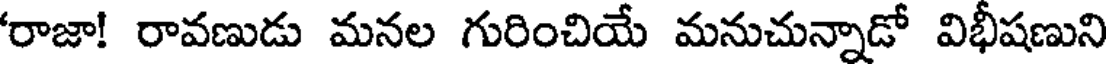
'రాజా! రావణుడు మనల గురించియే మనుచున్నాడో విభీషణుని